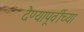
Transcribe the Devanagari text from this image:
देण्यापूर्वीच्या